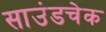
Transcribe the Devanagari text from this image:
साउंडचेक